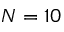
N = 1 0